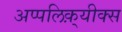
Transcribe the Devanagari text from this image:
अप्पलिक़्यीक्स